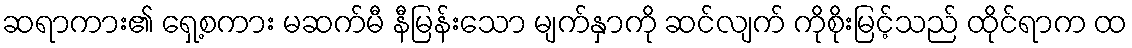
ဆရာကား၏ ရှေ့စကား မဆက်မီ နီမြန်းသော မျက်နှာကို ဆင်လျက် ကိုစိုးမြင့်သည် ထိုင်ရာက ထ